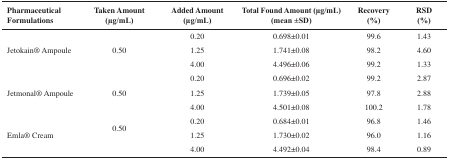
<table><thead><tr><td><b>Pharmaceutical Formulations</b></td><td><b>Taken Amount(μg/mL)</b></td><td><b>Added Amount(μg/mL)</b></td><td><b>Total Found Amount (μg/mL)(mean ±SD)</b></td><td><b>Recovery(%)</b></td><td><b>RSD(%)</b></td></tr></thead><tbody><tr><td rowspan="3">Jetokain® Ampoule</td><td rowspan="3">0.50</td><td>0.20</td><td>0.698±0.01</td><td>99.6</td><td>1.43</td></tr><tr><td>1.25</td><td>1.741±0.08</td><td>98.2</td><td>4.60</td></tr><tr><td>4.00</td><td>4.496±0.06</td><td>99.2</td><td>1.33</td></tr><tr><td rowspan="3">Jetmonal® Ampoule</td><td rowspan="3">0.50</td><td>0.20</td><td>0.696±0.02</td><td>99.2</td><td>2.87</td></tr><tr><td>1.25</td><td>1.739±0.05</td><td>97.8</td><td>2.88</td></tr><tr><td>4.00</td><td>4.501±0.08</td><td>100.2</td><td>1.78</td></tr><tr><td rowspan="3">Emla® Cream</td><td rowspan="2">0.50</td><td>0.20</td><td>0.684±0.01</td><td>96.8</td><td>1.46</td></tr><tr><td>1.25</td><td>1.730±0.02</td><td>96.0</td><td>1.16</td></tr><tr><td></td><td>4.00</td><td>4.492±0.04</td><td>98.4</td><td>0.89</td></tr></tbody></table>